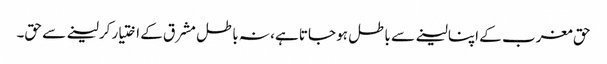
حق مغرب کے اپنا لینے سے باطل ہو جاتا ہے، نہ باطل مشرق کے اختیار کرلینے سے حق۔